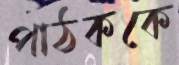
পাঠককে